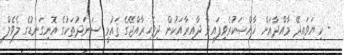
- ކިޔަވައިދޭ މާއްދާއަށް ޚާއްޞަކުރެވިފައިވާ ދާއިރާއަކުން ދިވެހިރާއްޖޭގެ ޤައުމީ ސަނަދުތަކުގެ އޮނިގަނޑުގެ ލެވެލް